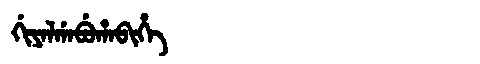
Manchu: ᡤᡳᠶᠠᠯᡤᠠᠪᡠᡥᠠᠪᡳᡥᡝ
Romanization: GIYALGABUHABIHE